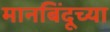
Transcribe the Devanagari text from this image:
मानबिंदूच्या